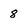
Character: 8